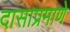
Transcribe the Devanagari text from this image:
दासाप्रमाणे